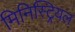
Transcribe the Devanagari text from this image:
मिनिस्ट्रियल